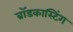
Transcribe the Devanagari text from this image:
ब्राॅडकास्टिंग